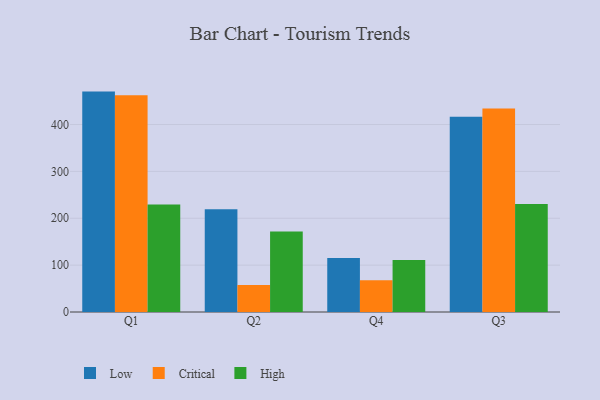
{"axis": {"x": "Quarter", "y": "Operating Costs (USD K)"}, "legend": ["Critical", "High", "Low"], "data": [{"x": "Q1", "y": 470.3, "type": "Low"}, {"x": "Q1", "y": 462.4, "type": "Critical"}, {"x": "Q1", "y": 229.6, "type": "High"}, {"x": "Q2", "y": 219.5, "type": "Low"}, {"x": "Q2", "y": 57.6, "type": "Critical"}, {"x": "Q2", "y": 171.7, "type": "High"}, {"x": "Q4", "y": 115.4, "type": "Low"}, {"x": "Q4", "y": 67.9, "type": "Critical"}, {"x": "Q4", "y": 110.9, "type": "High"}, {"x": "Q3", "y": 416.4, "type": "Low"}, {"x": "Q3", "y": 434.5, "type": "Critical"}, {"x": "Q3", "y": 230.7, "type": "High"}]}